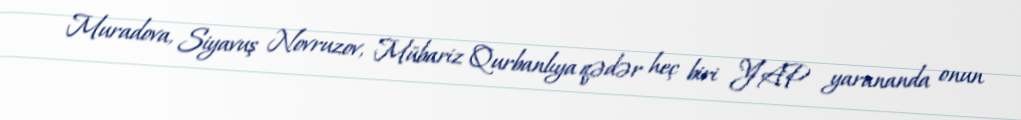
Muradova, Siyavuş Novruzov, Mübariz Qurbanlıya qədər heç biri YAP yarananda onun